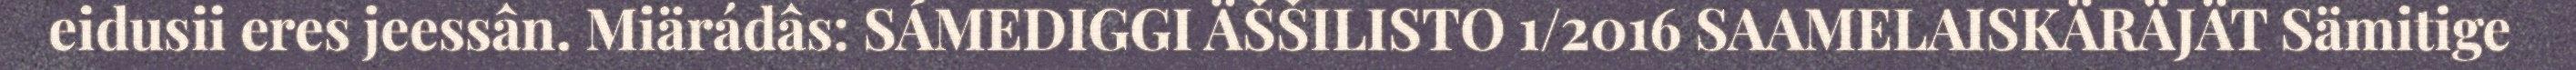
eidusii eres jeessân. Miärádâs: SÁMEDIGGI ÄŠŠILISTO 1/2016 SAAMELAISKÄRÄJÄT Sämitige